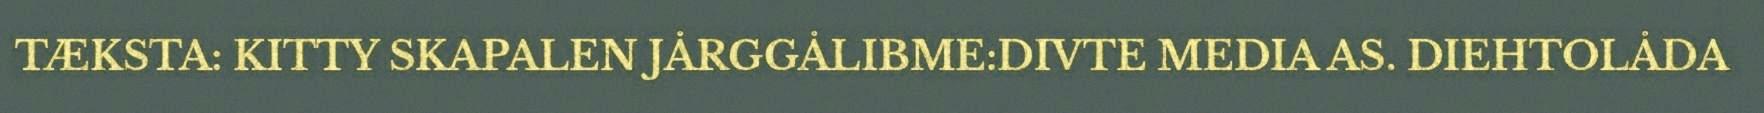
TÆKSTA: KITTY SKAPALEN JÅRGGÅLIBME:DIVTE MEDIA AS. DIEHTOLÅDA